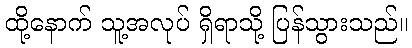
ထို့နောက် သူ့အလုပ် ရှိရာသို့ ပြန်သွားသည်။